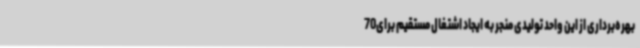
بهره‌برداری از این واحد تولیدی منجر به ایجاد اشتغال مستقیم برای70